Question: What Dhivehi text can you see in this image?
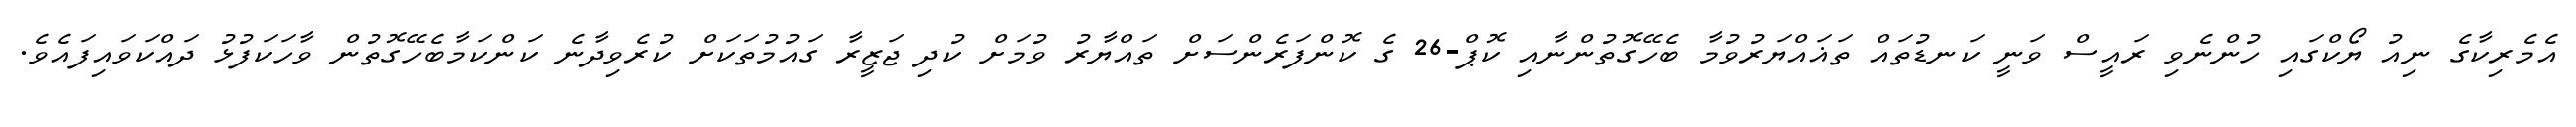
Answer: އެމެރިކާގެ ނިއު ޔޯކްގައި ހުންނެވި ރައީސް ވަނީ ކަނޑުތައް ތަޣައްޔަރުވުމާ ބެހޭގޮތުންނާއި ކޮޕް-26 ގެ ކޮންފަރެންސަށް ތައްޔާރު ވުމަށް ކުދި ޖަޒީރާ ގައުމުތަކަށް ކުރެވިދާނެ ކަންކަމާބެހޭގޮތުން ވާހަކަފުޅު ދައްކަވައިފައެވެ.